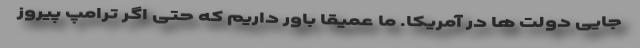
جایی دولت ها در آمریکا. ما عمیقاً باور داریم که حتی اگر ترامپ پیروز